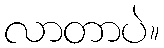
လာတာပဲ။